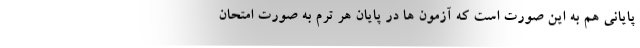
پایانی هم به این صورت است که آزمون ها در پایان هر ترم به صورت امتحان